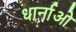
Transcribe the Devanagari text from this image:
धार्नाओ